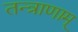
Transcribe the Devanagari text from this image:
तन्त्राणाम्